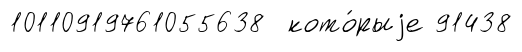
10110919761055638 кото́рыjе 91438